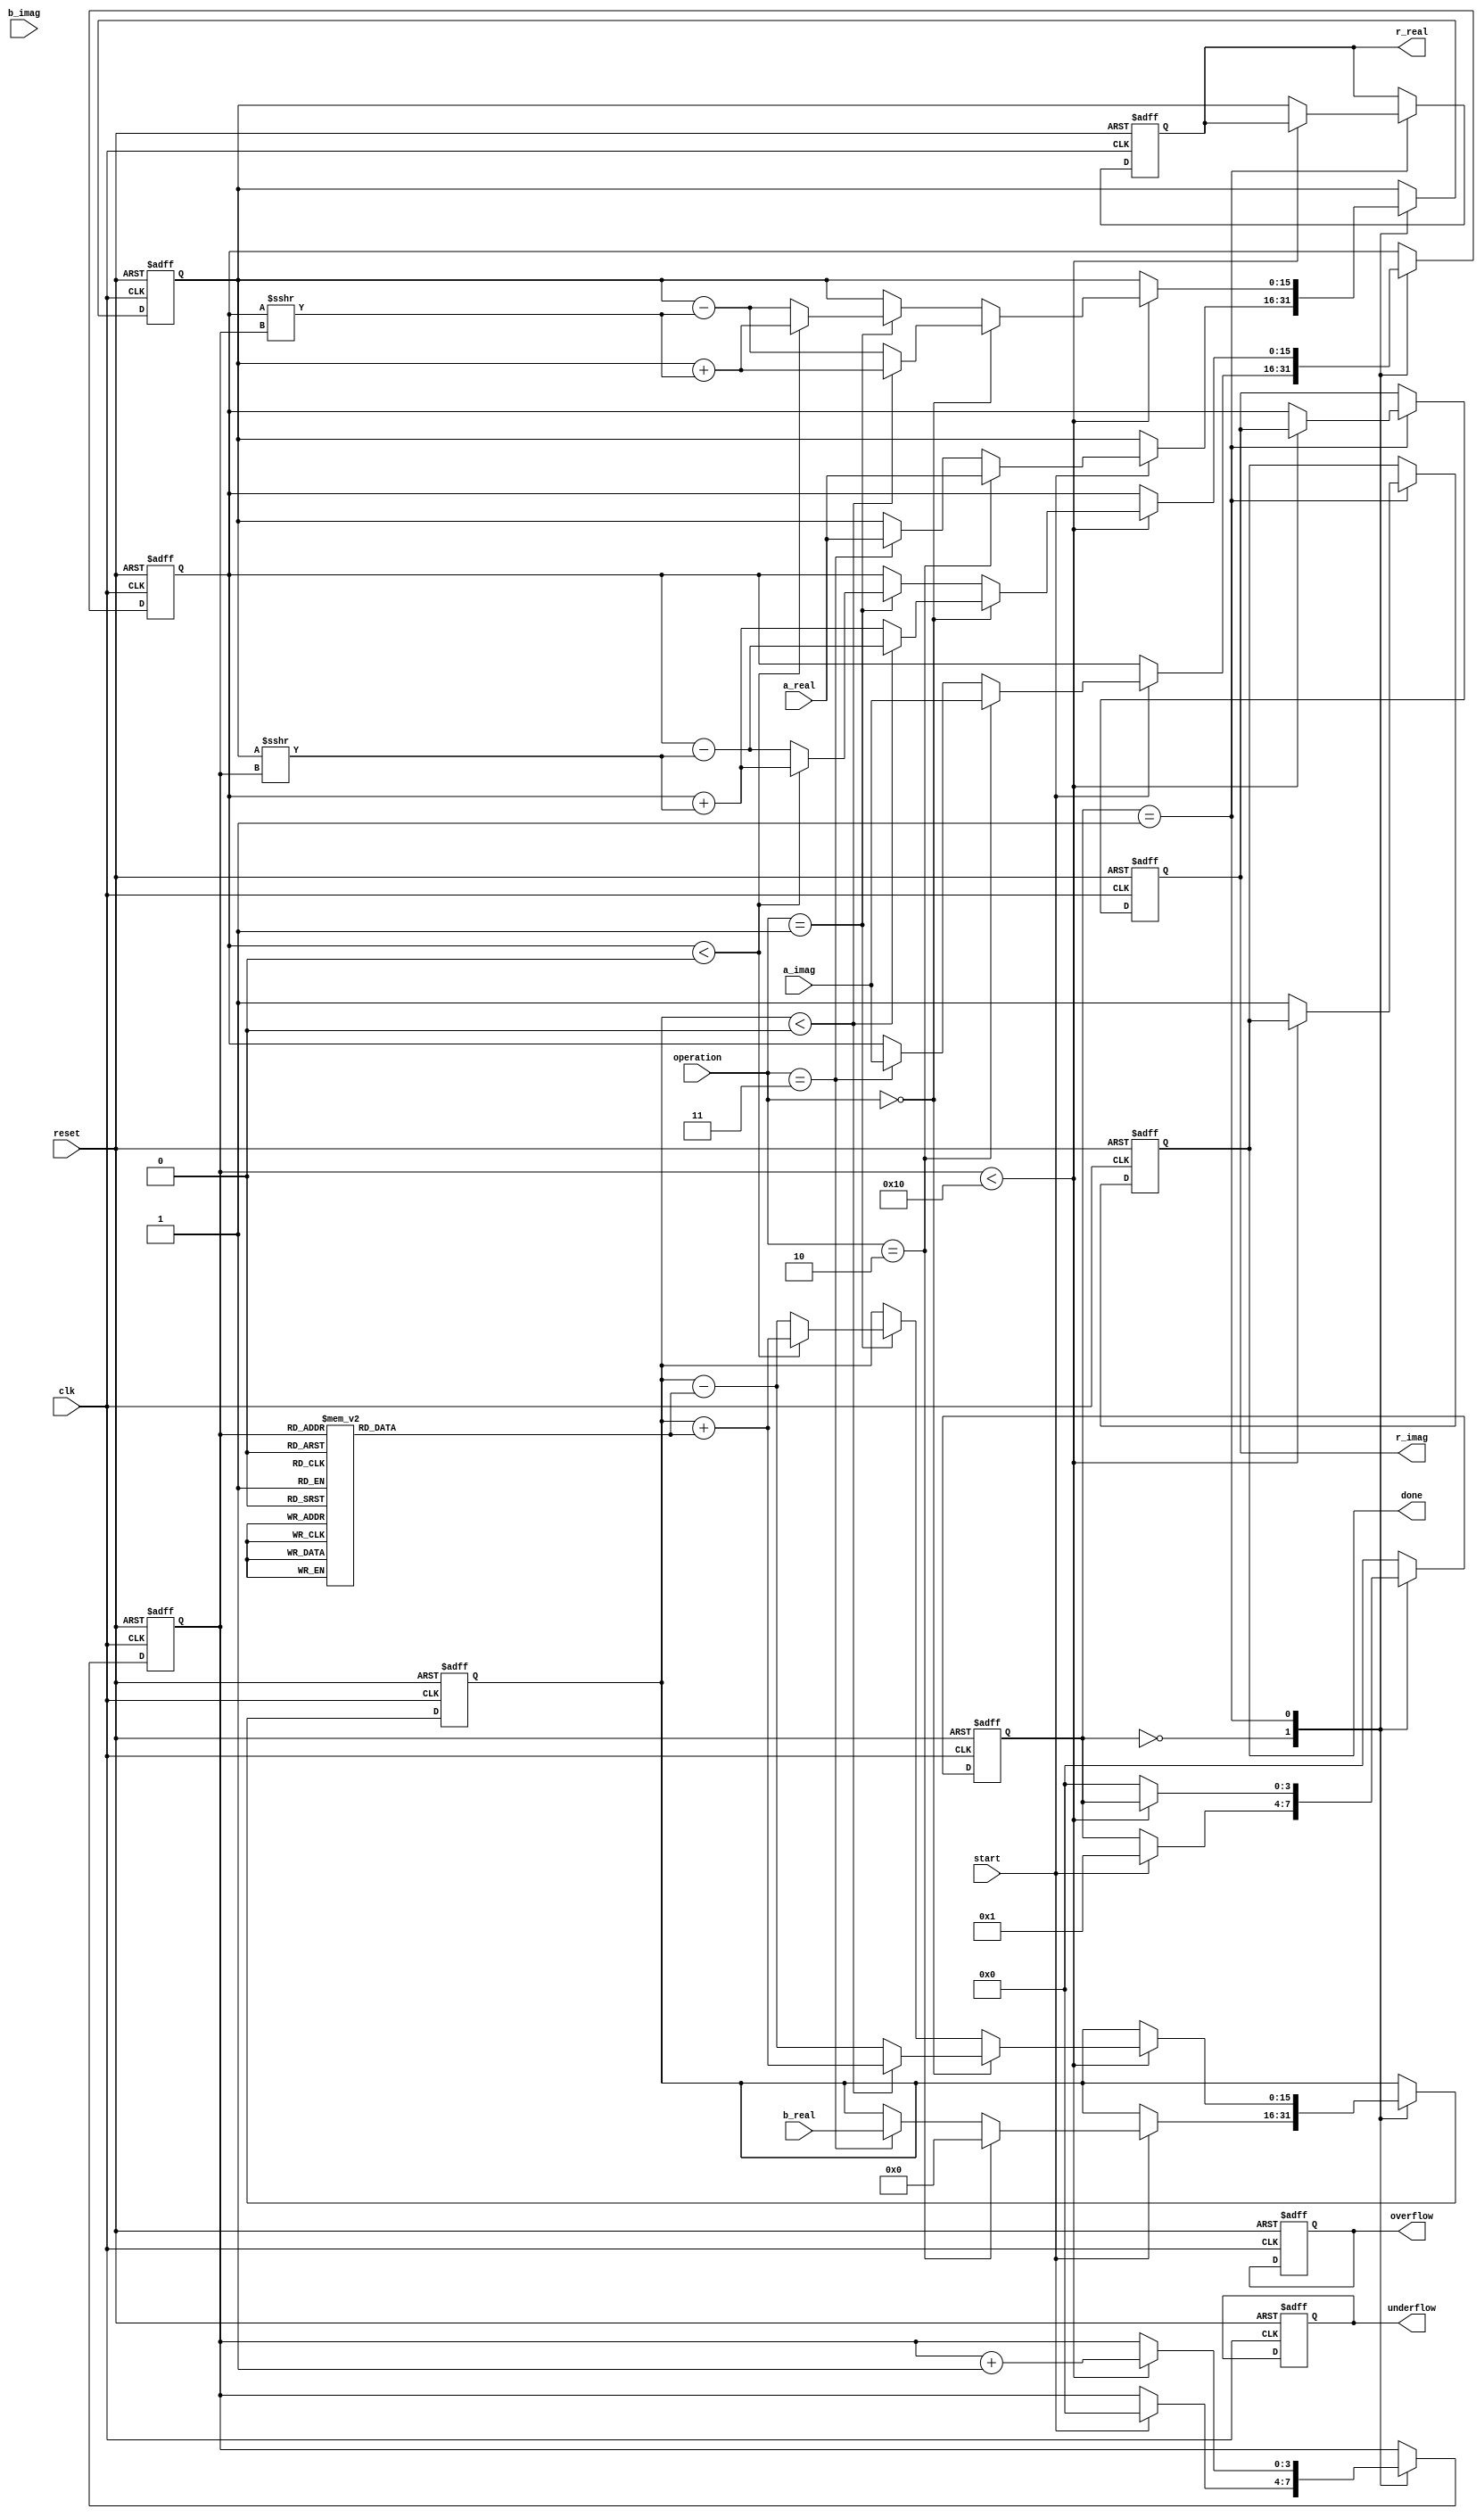
module complex_cordic (
    input wire clk,
    input wire reset,
    input wire start,
    input wire [15:0] a_real,      // Real part of input A
    input wire [15:0] a_imag,      // Imaginary part of input A
    input wire [15:0] b_real,      // Real part of input B
    input wire [15:0] b_imag,      // Imaginary part of input B
    input wire [1:0] operation,    // Operation control: 00 - Rotation, 01 - Vectoring, 10 - Multiplication, 11 - Division
    output reg [15:0] r_real,      // Real part of result
    output reg [15:0] r_imag,      // Imaginary part of result
    output reg done,               // Operation complete flag
    output reg overflow,           // Overflow flag
    output reg underflow           // Underflow flag
);

    // Parameters
    parameter NUM_ITERATIONS = 16;
    parameter ANGLE_WIDTH = 16;
    
    // Internal signals
    reg [15:0] x, y, z;            // CORDIC variables
    reg [ANGLE_WIDTH-1:0] angle_table [0:NUM_ITERATIONS-1]; // Lookup table for arctangent values
    reg [3:0] state;               // FSM state
    reg [3:0] iteration_count;     // Iteration counter

    // Initialize angle table (pre-computed arctangent values)
    initial begin
        angle_table[0] = 16'h2000; // atan(2^-0)
        angle_table[1] = 16'h1000; // atan(2^-1)
        angle_table[2] = 16'h0800; // atan(2^-2)
        angle_table[3] = 16'h0400; // atan(2^-3)
        angle_table[4] = 16'h0200; // atan(2^-4)
        angle_table[5] = 16'h0100; // atan(2^-5)
        angle_table[6] = 16'h0080; // atan(2^-6)
        angle_table[7] = 16'h0040; // atan(2^-7)
        angle_table[8] = 16'h0020; // atan(2^-8)
        angle_table[9] = 16'h0010; // atan(2^-9)
        angle_table[10] = 16'h0008; // atan(2^-10)
        angle_table[11] = 16'h0004; // atan(2^-11)
        angle_table[12] = 16'h0002; // atan(2^-12)
        angle_table[13] = 16'h0001; // atan(2^-13)
        angle_table[14] = 16'h0000; // atan(2^-14)
        angle_table[15] = 16'hFFFF; // atan(2^-15)
    end

    // FSM for control logic
    always @(posedge clk or posedge reset) begin
        if (reset) begin
            state <= 0;
            done <= 0;
            iteration_count <= 0;
            x <= 0;
            y <= 0;
            z <= 0;
            r_real <= 0;
            r_imag <= 0;
            overflow <= 0;
            underflow <= 0;
        end else begin
            case (state)
                0: begin // Idle State
                    if (start) begin
                        // Initialize variables based on operation
                        if (operation == 2'b10) begin // Multiplication
                            x <= a_real;
                            y <= a_imag;
                            z <= 0; // Angle is 0 for multiplication
                        end else if (operation == 2'b11) begin // Division
                            x <= a_real;
                            y <= a_imag;
                            z <= b_real; // Angle is based on B
                        end
                        iteration_count <= 0;
                        state <= 1; // Move to iteration state
                    end
                end
                1: begin // Iteration State
                    if (iteration_count < NUM_ITERATIONS) begin
                        // CORDIC iteration
                        if (operation == 2'b00) begin // Rotation
                            // Rotation logic
                            if (z < 0) begin
                                x <= x + (y >>> iteration_count);
                                y <= y - (x >>> iteration_count);
                                z <= z + angle_table[iteration_count];
                            end else begin
                                x <= x - (y >>> iteration_count);
                                y <= y + (x >>> iteration_count);
                                z <= z - angle_table[iteration_count];
                            end
                        end else if (operation == 2'b01) begin // Vectoring
                            // Vectoring logic
                            if (y < 0) begin
                                x <= x + (y >>> iteration_count);
                                y <= y + (x >>> iteration_count);
                                z <= z + angle_table[iteration_count];
                            end else begin
                                x <= x - (y >>> iteration_count);
                                y <= y - (x >>> iteration_count);
                                z <= z - angle_table[iteration_count];
                            end
                        end else if (operation == 2'b10) begin // Multiplication
                            // Use rotation mode for multiplication
                            // Similar to rotation logic
                        end else if (operation == 2'b11) begin // Division
                            // Use vectoring mode for division
                            // Similar to vectoring logic
                        end
                        iteration_count <= iteration_count + 1;
                    end else begin
                        // Finalize results
                        r_real <= x; // Final result for real part
                        r_imag <= y; // Final result for imaginary part
                        done <= 1; // Operation complete
                        state <= 0; // Go back to idle
                    end
                end
                default: state <= 0; // Default to idle
            endcase
        end
    end
endmodule